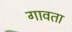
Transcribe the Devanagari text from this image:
गावता